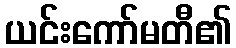
ယင်းကော်မတီ၏